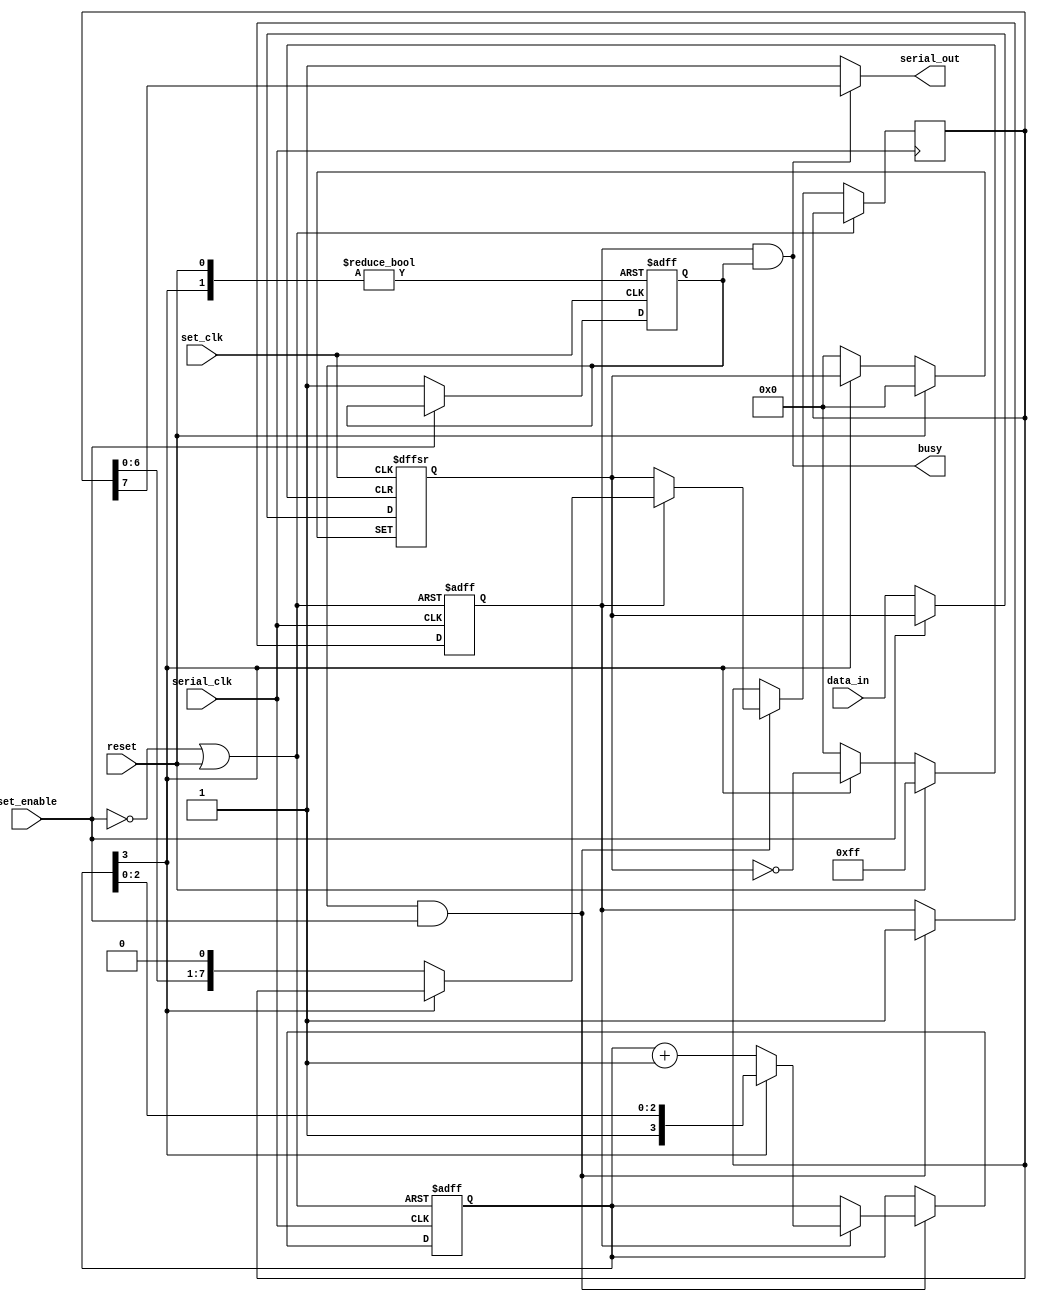
`timescale 1ns / 1ps
`ifndef SHIFTREG_OUT_V
`define SHIFTREG_OUT_V 1
//////////////////////////////////////////////////////////////////////////////////
// Company: 
// 
// Design Name: 
// Module Name:    shiftreg_out 
// Project Name: 
// Target Devices: 
// Tool versions: 
// Description: 
//
// Dependencies: 
//
// Revision: 
// Revision 0.01 - File Created
// Additional Comments: 
//
// Double buffered parallel to serial converter with independent clocks for
// input register and output serial stream.
//
//////////////////////////////////////////////////////////////////////////////////
module shiftreg_out(
    input serial_clk,
    output serial_out,
         output busy,
         input reset,
    input set_enable,
    input set_clk,
    input [7:0] data_in
    );
         
         reg [7:0] data;
         reg [7:0] shift_data;
         reg [3:0] current_bit;
         reg vreg;
         wire valid;
         
         reg sending;
         assign busy = sending & vreg;
         
         assign serial_out=busy ? shift_data[7] : 1'b1;
         
         wire ser_reset;
         assign ser_reset=!set_enable | reset;
         
         wire data_done;
         assign data_done=current_bit[3];
         
         // data is valid once the FF is set and enable
         // has returned high.
         assign valid = vreg & set_enable;

         initial begin
                 data = 0;
                 shift_data = 0;
                 current_bit = 0;
                 vreg = 0;
                 sending = 0;
         end

        always @(posedge set_clk or posedge reset or posedge data_done)
        begin
                if(reset)
                begin
                        data <= 0;
                        vreg <= 0;
                end
                else if(data_done)
                begin
                        vreg <= 0;
                end
                else if(!set_enable)
                begin
                        data <= data_in;
                        vreg <= 1;
                end
        end
        
        always @(posedge serial_clk or posedge ser_reset)
        begin
                if(ser_reset)
                begin
                        current_bit <= 0;
                        sending <= 0;
                end
                else if(valid)
                begin
                        if(!sending)
                        begin
                                shift_data <= data;
                                sending <= 1;
                        end
                        else
                        begin
                                if(!data_done)
                                begin
                                        shift_data <= shift_data << 1;
                                        current_bit <= current_bit + 4'b0001;
                                end
                        end
                end
        end
endmodule
`endif